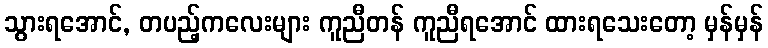
သွားရအောင်, တပည့်ကလေးများ ကူညီတန် ကူညီရအောင် ထားရသေးတော့ မှန်မှန်